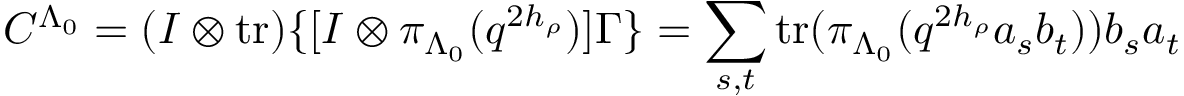
C ^ { \Lambda _ { 0 } } = ( I \otimes \mathrm { t r } ) \{ [ I \otimes \pi _ { \Lambda _ { 0 } } ( q ^ { 2 h _ { \rho } } ) ] \Gamma \} = \sum _ { s , t } \mathrm { t r } ( \pi _ { \Lambda _ { 0 } } ( q ^ { 2 h _ { \rho } } a _ { s } b _ { t } ) ) b _ { s } a _ { t }